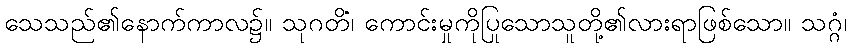
သေသည်၏နောက်ကာလ၌။ သုဂတိံ၊ ကောင်းမှုကိုပြုသောသူတို့၏လားရာဖြစ်သော။ သဂ္ဂံ၊